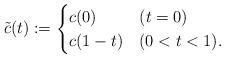
LaTeX: \begin{align*}\tilde c(t) := \begin{cases}c(0) & (t=0)\\c(1-t) &(0<t<1).\end{cases}\end{align*}